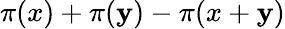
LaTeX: \pi(x)+\pi(\mathbf{y})-\pi(x+\mathbf{y})